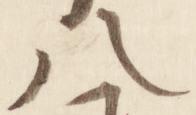
八